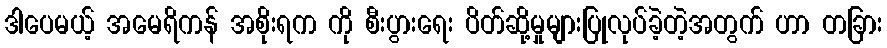
ဒါပေမယ့် အမေရိကန် အစိုးရက ကို စီးပွားရေး ပိတ်ဆို့မှုများပြုလုပ်ခဲ့တဲ့အတွက် ဟာ တခြား